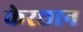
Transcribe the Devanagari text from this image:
केरछान